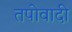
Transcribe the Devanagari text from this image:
तपोवादी